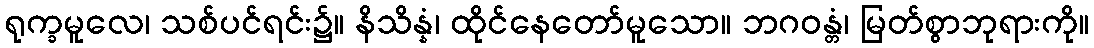
ရုက္ခမူလေ၊ သစ်ပင်ရင်း၌။ နိသိန္နံ၊ ထိုင်နေတော်မူသော။ ဘဂဝန္တံ၊ မြတ်စွာဘုရားကို။